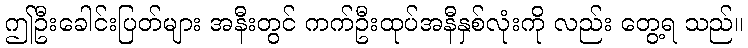
ဤဦးခေါင်းပြတ်များ အနီးတွင် ကက်ဦးထုပ်အနီနှစ်လုံးကို လည်း တွေ့ရ သည်။